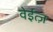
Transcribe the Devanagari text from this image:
वेईत्ज़